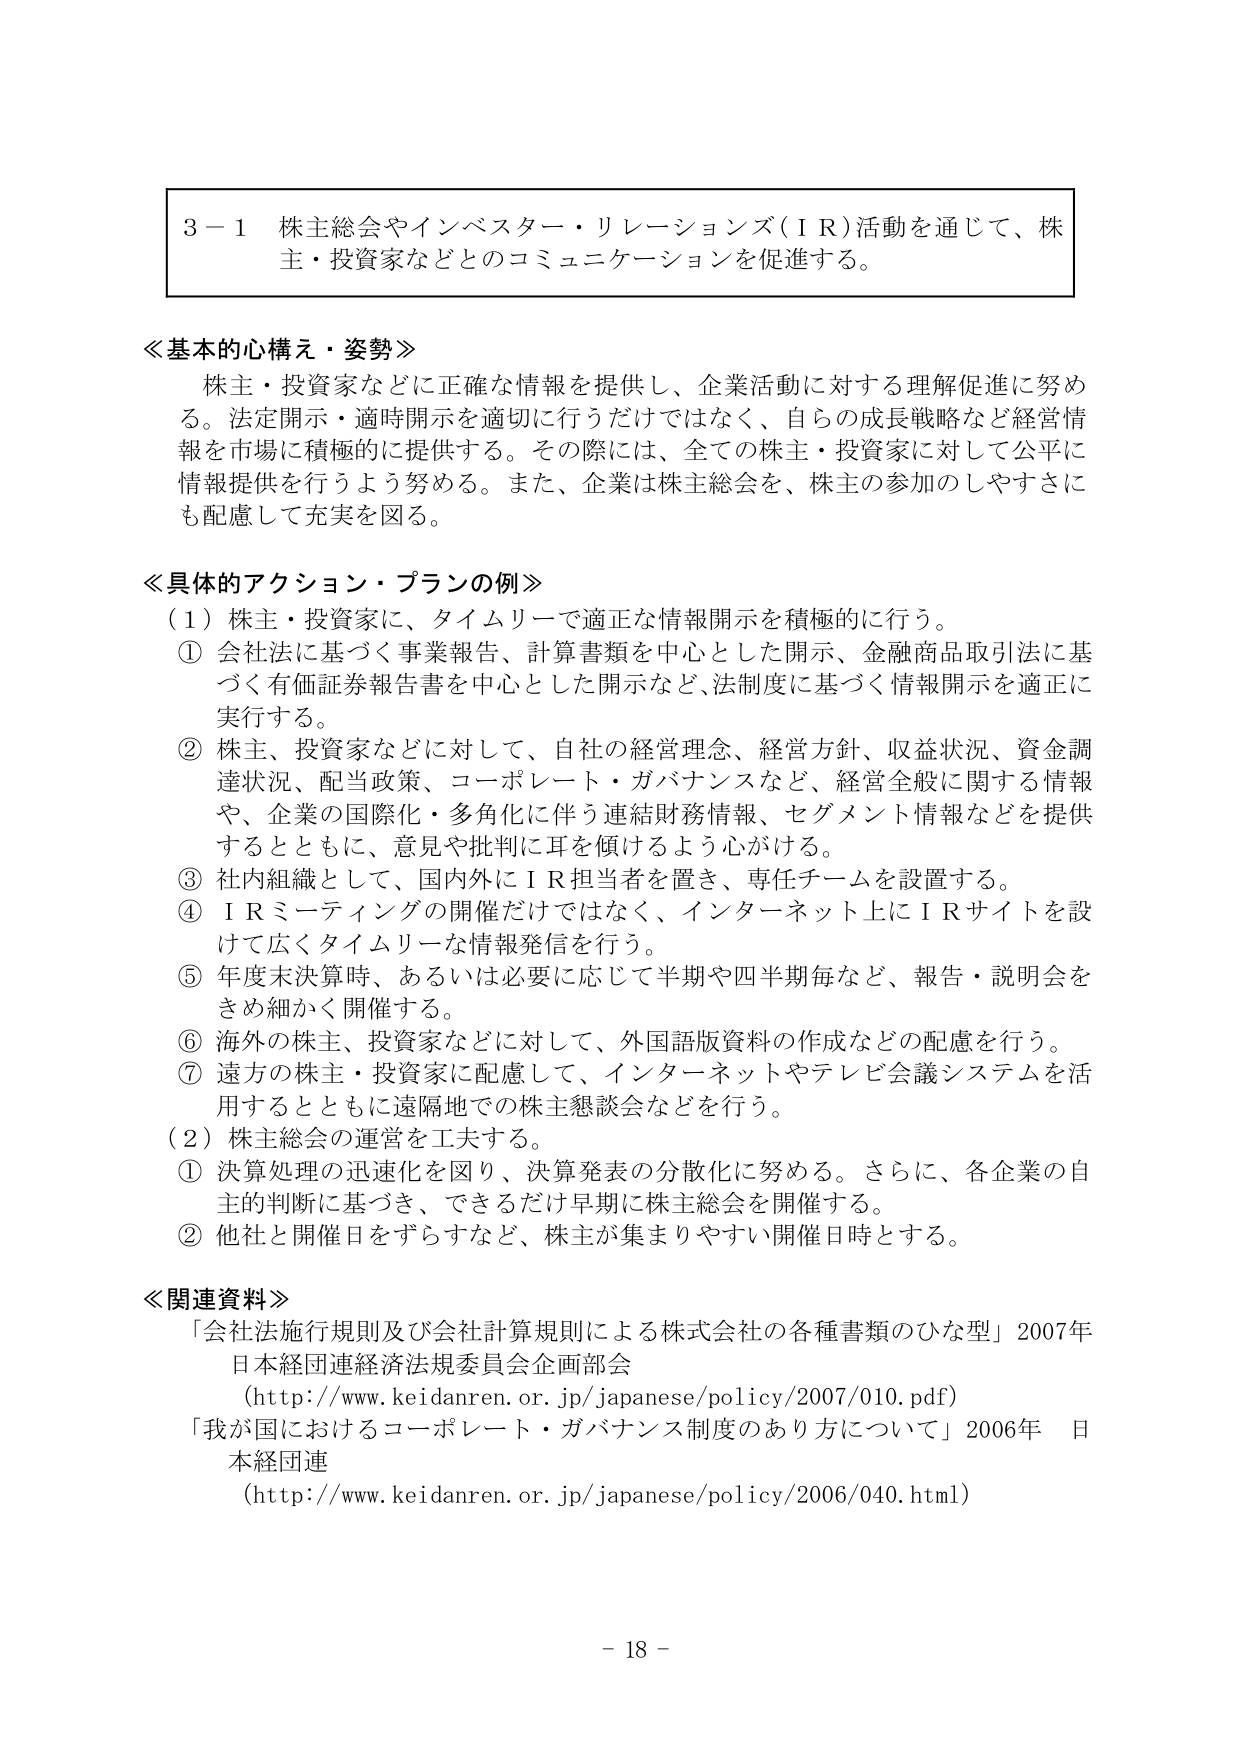
3－1 株主総会やインベスター・リレーションズ（ＩＲ）活動を通じて、株主・投資家などとのコミュニケーションを促進する。

≪基本的心構え・姿勢≫
株主・投資家などに正確な情報を提供し、企業活動に対する理解促進に努める。法定開示・適時開示を適切に行うだけではなく、自らの成長戦略など経営情報を市場に積極的に提供する。その際には、全ての株主・投資家に対して公平に情報提供を行うよう努める。また、企業は株主総会を、株主の参加のしやすさにも配慮して充実を図る。

≪具体的アクション・プランの例≫
（1）株主・投資家に、タイムリーで適正な情報開示を積極的に行う。
① 会社法に基づく事業報告、計算書類を中心とした開示、金融商品取引法に基づく有価証券報告書を中心とした開示など、法制度に基づく情報開示を適正に実行する。
② 株主、投資家などに対して、自社の経営理念、経営方針、収益状況、資金調達状況、配当政策、コーポレート・ガバナンスなど、経営全般に関する情報や、企業の国際化・多角化に伴う連結財務情報、セグメント情報などを提供するとともに、意見や批判に耳を傾けるよう心がける。
③ 社内組織として、国内外にＩＲ担当者を置き、専任チームを設置する。
④ ＩＲミーティングの開催だけではなく、インターネット上にＩＲサイトを設けて広くタイムリーな情報発信を行う。
⑤ 年度末決算時、あるいは必要に応じて半期や四半期毎など、報告・説明会をきめ細かく開催する。
⑥ 海外の株主、投資家などに対して、外国語版資料の作成などの配慮を行う。
⑦ 遠方の株主・投資家に配慮して、インターネットやテレビ会議システムを活用するとともに遠隔地での株主懇談会などを行う。
（2）株主総会の運営を工夫する。
① 決算処理の迅速化を図り、決算発表の分散化に努める。さらに、各企業の自主的判断に基づき、できるだけ早期に株主総会を開催する。
② 他社と開催日をずらすなど、株主が集まりやすい開催日時とする。

≪関連資料≫
「会社法施行規則及び会社計算規則による株式会社の各種書類のひな型」2007年 日本経団連経済法規委員会企画部会
（http://www.keidanren.or.jp/japanese/policy/2007/010.pdf）
「我が国におけるコーポレート・ガバナンス制度のあり方について」2006年 日本経団連
（http://www.keidanren.or.jp/japanese/policy/2006/040.html）

－ 18 －